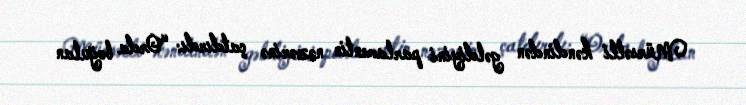
Mürsəlli kəndindən gəldiyini parlamentin nəzərinə çatdırdı: “Orda boğulan